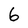
Character: 6